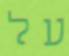
על